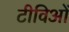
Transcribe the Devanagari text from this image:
टीविओं